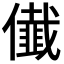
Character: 𭀁